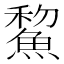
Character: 鯬